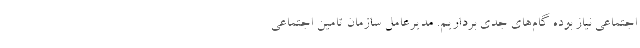
اجتماعی نیاز بوده گام‌های جدی برداریم. مدیرعامل سازمان تامین اجتماعی